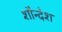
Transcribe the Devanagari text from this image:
शौन्देश